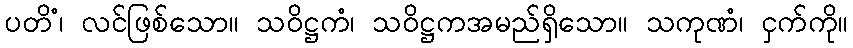
ပတိံ၊ လင်ဖြစ်သော။ သဝိဋ္ဌကံ၊ သဝိဋ္ဌကအမည်ရှိသော။ သကုဏံ၊ ငှက်ကို။